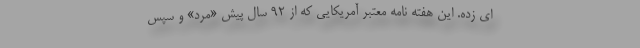
ای زده. این هفته نامه معتبر آمریکایی که از 92 سال پیش «مرد» و سپس